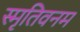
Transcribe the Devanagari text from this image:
स्मृतिवनम